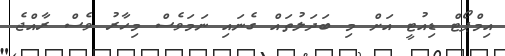
އިމްޕޯޓް ޑިއުޓީ އަށް މި ބަދަލުތައް ގެނައި ނަމަވެސް މިހާރު ވެސް ރާއްޖެ